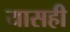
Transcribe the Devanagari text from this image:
यासही